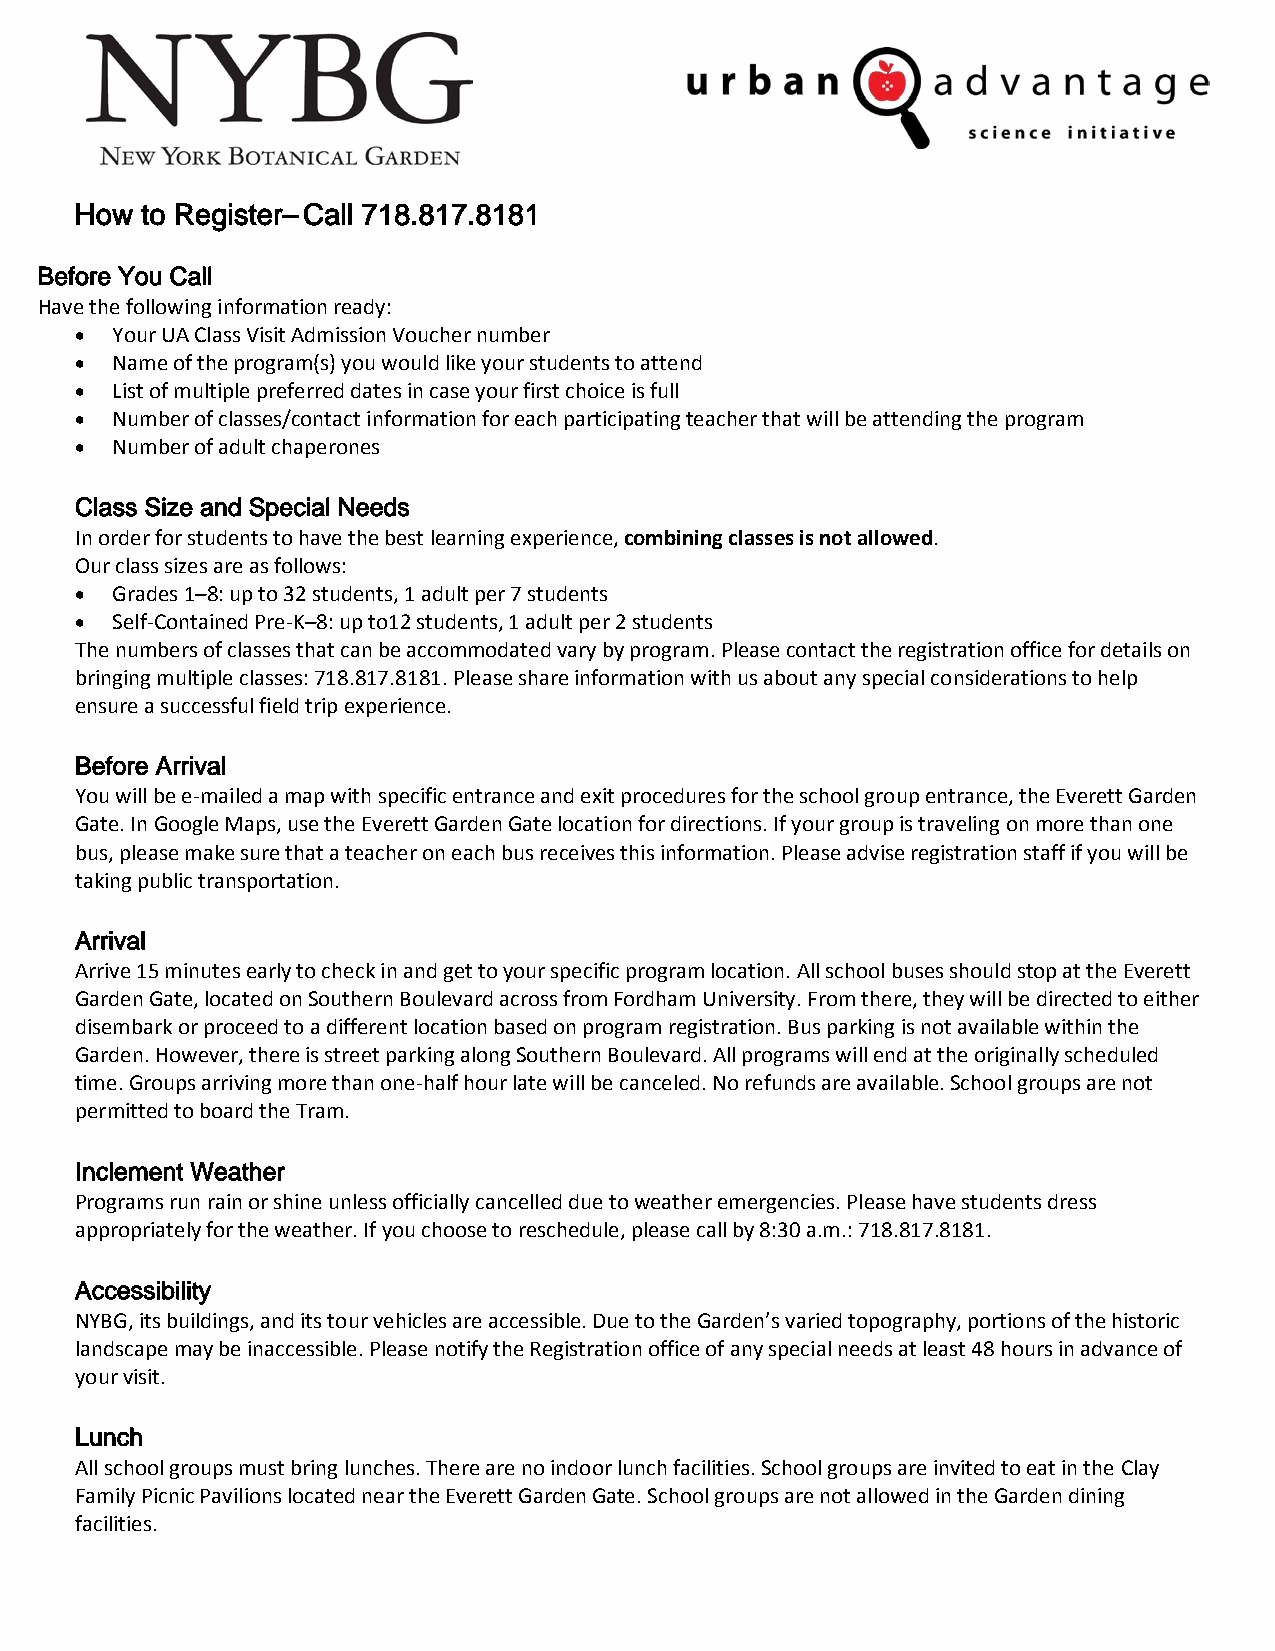
How to Register– Call 718.817.8181
 Before You Call
 Have the following information ready:
 • Your UA Class Visit Admission Voucher number
 • Name of the program(s) you would like your students to attend
 • List of multiple preferred dates in case your first choice is full
 • Number of classes/contact information for each participating teacher that will be attending the program
 • Number of adult chaperones
 Class Size and Special Needs
 In order for students to have the best learning experience, combining classes is not allowed.
 Our class sizes are as follows:
 • Grades 1–8: up to 32 students, 1 adult per 7 students
 • Self-Contained Pre-K–8: up to12 students, 1 adult per 2 students
 The numbers of classes that can be accommodated vary by program. Please contact the registration office for details on
 bringing multiple classes: 718.817.8181. Please share information with us about any special considerations to help
 ensure a successful field trip experience.
 Before Arrival
 You will be e-mailed a map with specific entrance and exit procedures for the school group entrance, the Everett Garden
 Gate. In Google Maps, use the Everett Garden Gate location for directions. If your group is traveling on more than one
 bus, please make sure that a teacher on each bus receives this information. Please advise registration staff if you will be
 taking public transportation.
 Arrival
 Arrive 15 minutes early to check in and get to your specific program location. All school buses should stop at the Everett
 Garden Gate, located on Southern Boulevard across from Fordham University. From there, they will be directed to either
 disembark or proceed to a different location based on program registration. Bus parking is not available within the
 Garden. However, there is street parking along Southern Boulevard. All programs will end at the originally scheduled
 time. Groups arriving more than one-half hour late will be canceled. No refunds are available. School groups are not
 permitted to board the Tram.
 Inclement Weather
 Programs run rain or shine unless officially cancelled due to weather emergencies. Please have students dress
 appropriately for the weather. If you choose to reschedule, please call by 8:30 a.m.: 718.817.8181.
 Accessibility
 NYBG, its buildings, and its tour vehicles are accessible. Due to the Garden’s varied topography, portions of the historic
 landscape may be inaccessible. Please notify the Registration office of any special needs at least 48 hours in advance of
 your visit.
 Lunch
 All school groups must bring lunches. There are no indoor lunch facilities. School groups are invited to eat in the Clay
 Family Picnic Pavilions located near the Everett Garden Gate. School groups are not allowed in the Garden dining
 facilities.